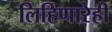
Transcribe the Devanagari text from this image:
लिहिणारेही